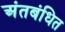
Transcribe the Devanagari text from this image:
अंतबंधित